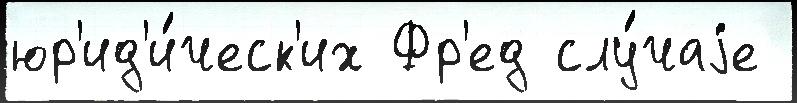
юр'ид'и́ческ'их Фр'ед слу́чаjе